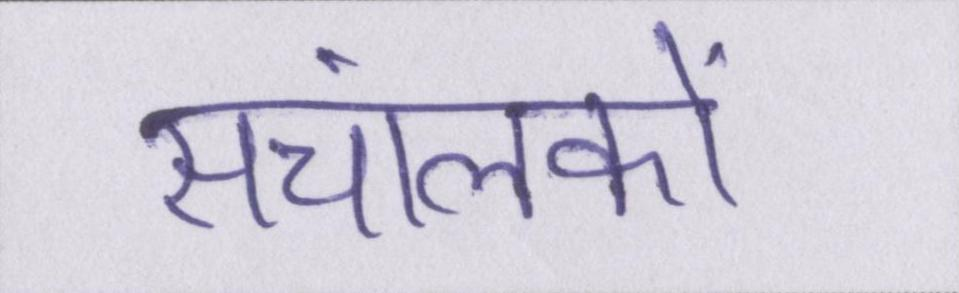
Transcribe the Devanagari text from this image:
संचालकों